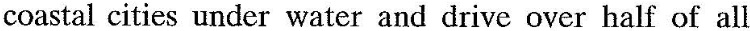
coastal cities under water and drive over half of all